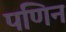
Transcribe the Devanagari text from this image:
पणिन